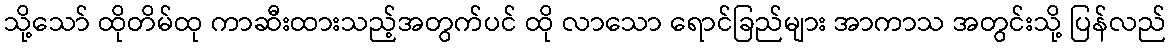
သို့သော် ထိုတိမ်ထု ကာဆီးထားသည့်အတွက်ပင် ထို လာသော ရောင်ခြည်များ အာကာသ အတွင်းသို့ ပြန်လည်